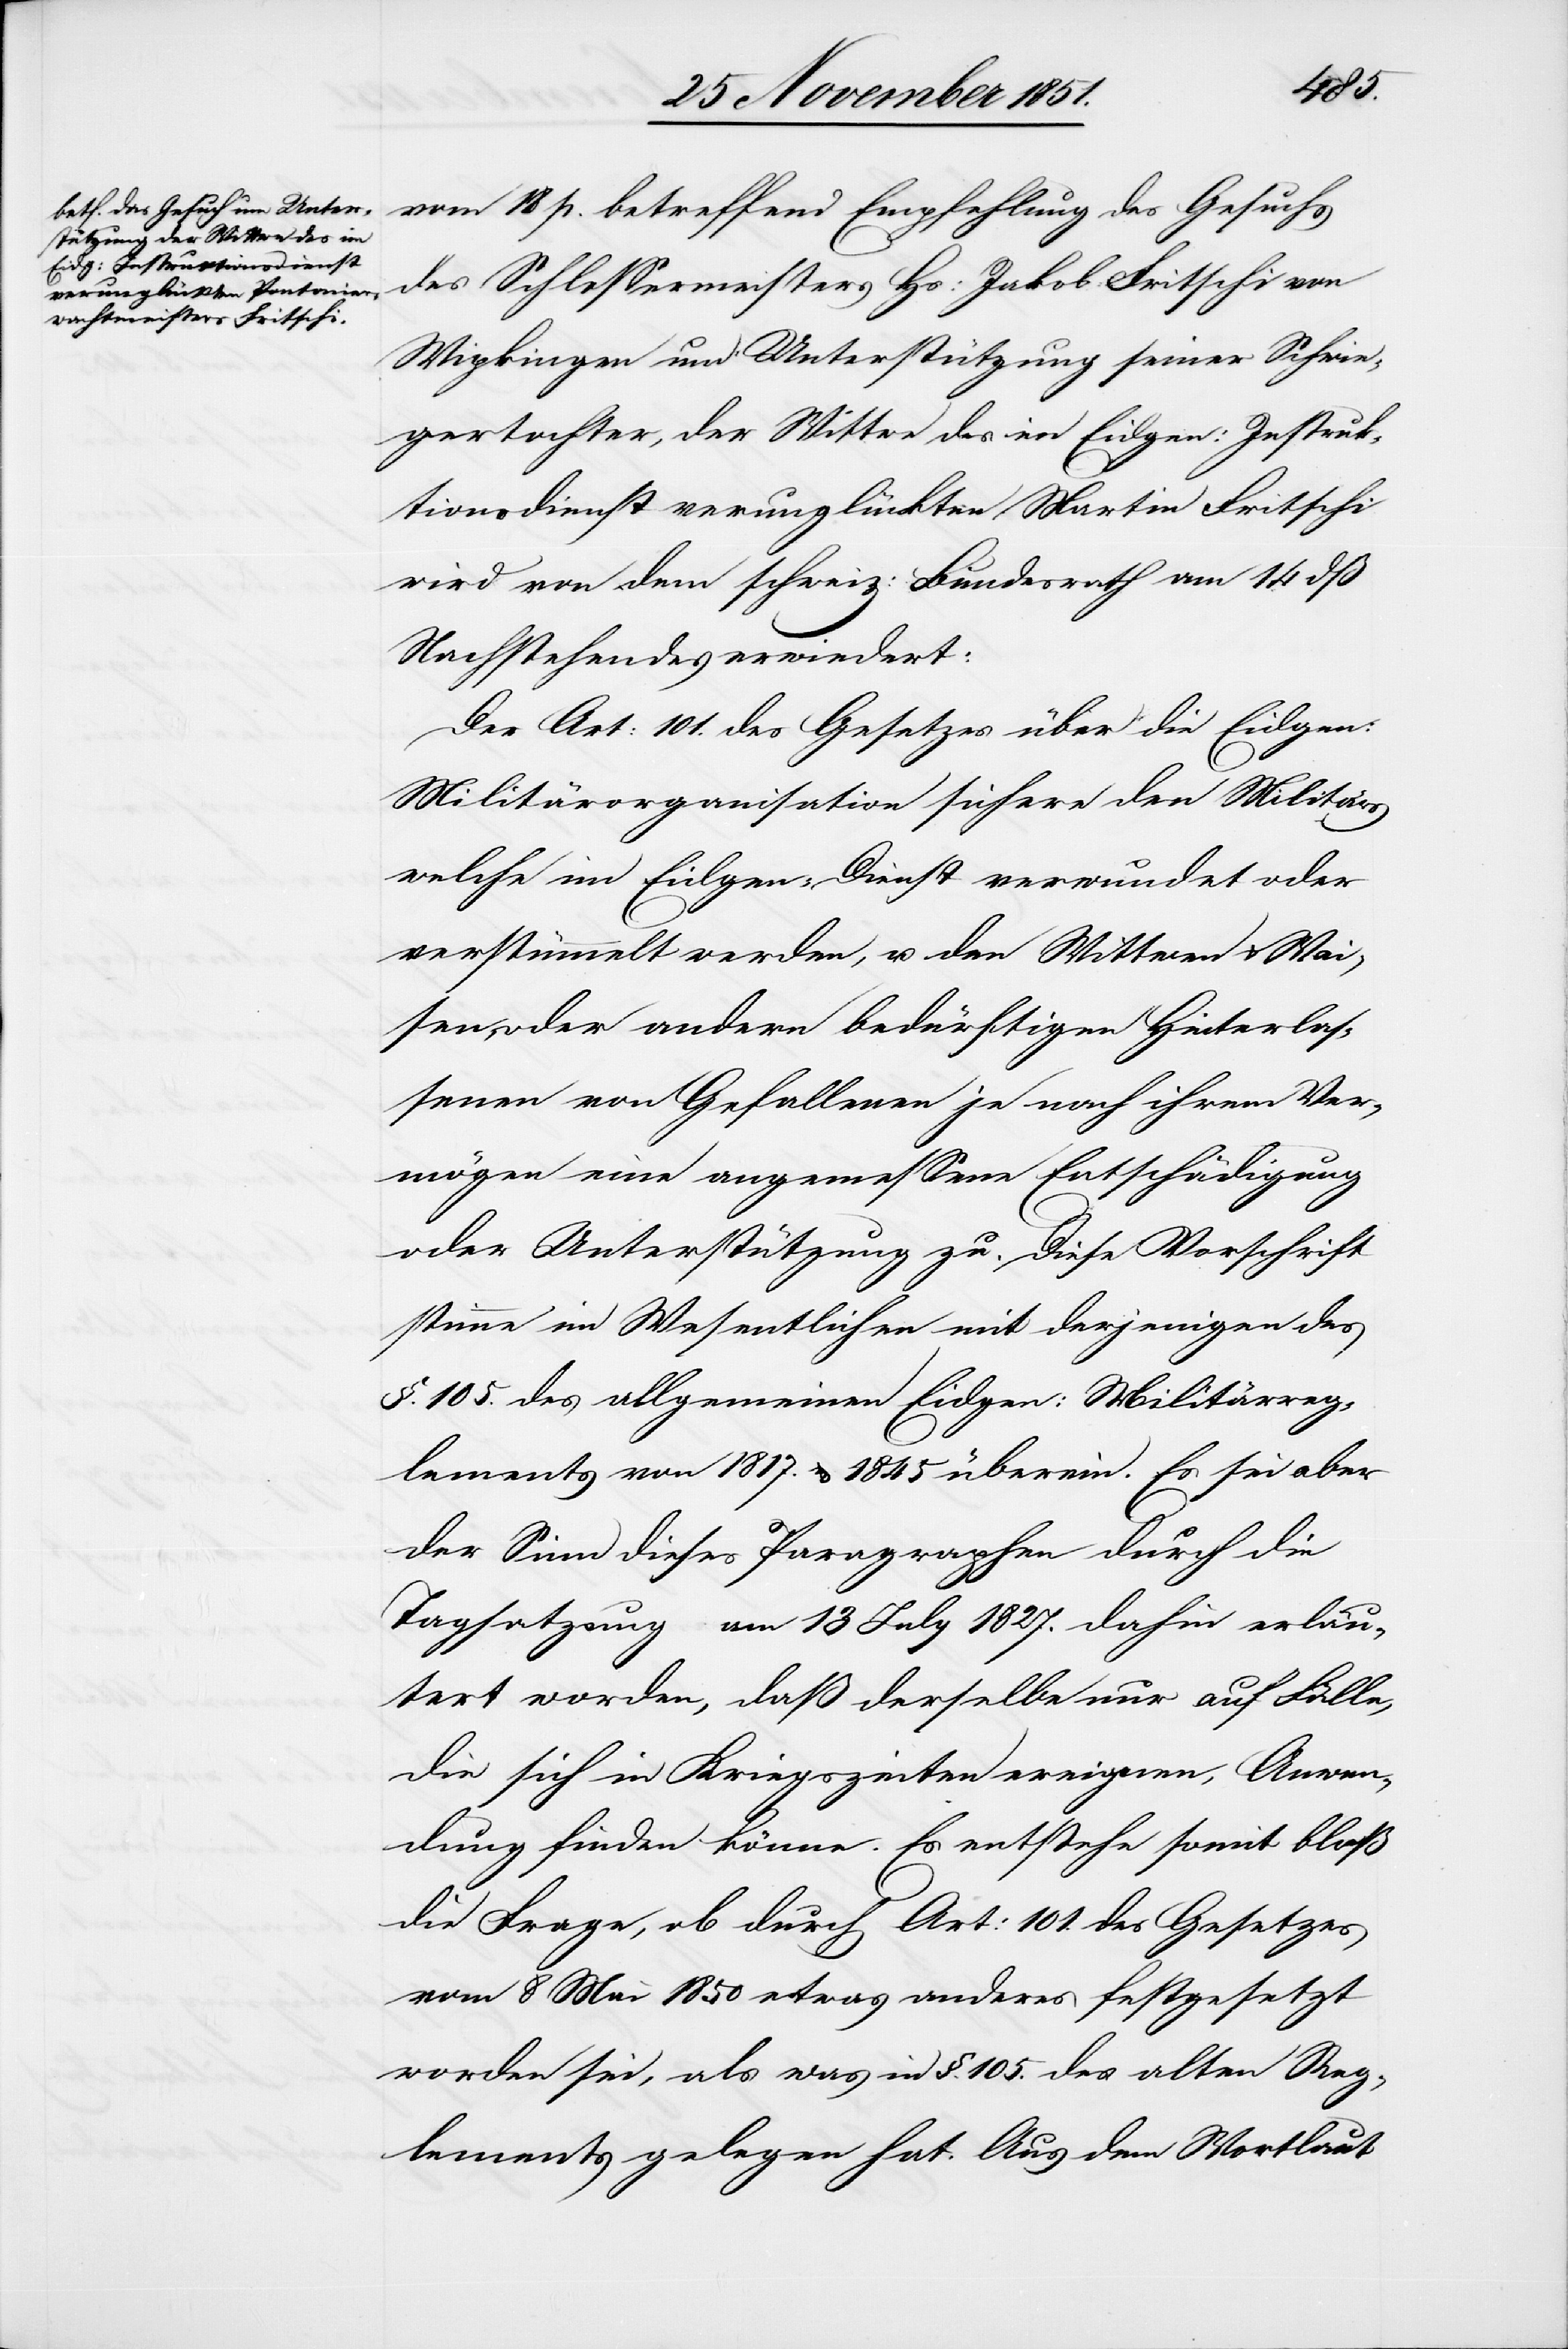
vom 18 p. betreffend Empfehlung des Gesuchs
des Schlossermeisters Hs: Jakob Fritschi von
Wipkingen um Unterstützung seiner Schwie¬
gertochter, der Wittwe des im Eidgen: Instruk¬
tionsdienst verunglückten Martin Fritschi
wird von dem schweiz: Bundesrath am 14 dß
Nachstehendes erwiedert:
Der Art: 101. des Gesetzes über die Eidgen:
Militärorganisation sichere den Militärs
welche im Eidgen: Dienst verwundet oder
verstümmelt werden, u. den Wittwen & Wai¬
sen, oder andern bedürftigen Hinterlas¬
senen von Gefallenen je nach ihrem Ver¬
mögen eine angemessene Entschädigung
oder Unterstützung zu. Diese Vorschrift
stimme im Wesentlichen mit derjenigen des
§. 105. des allgemeinen Eidgen: Militärreg¬
lements von 1817. & 1845 überein. Es sei aber
der Sinn dieses Paragraphen durch die
Tagsatzung am 13 July 1827. dahin erläu¬
tert worden, daß derselbe nur auf Fälle,
die sich in Kriegszeiten ereignen, Anwen¬
dung finden könne. Es entstehe somit bloß
die Frage, ob durch Art: 101. des Gesetzes
vom 8 Mai 1850 etwas anderes festgesetzt
worden sei, als was in §. 105. des alten Reg¬
lements gelegen hat. Aus dem Wortlaut